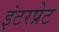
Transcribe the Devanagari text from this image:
इंटरप्रेट